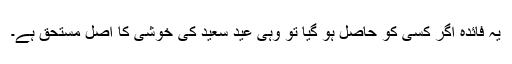
یہ فائدہ اگر کسی کو حاصل ہو گیا تو وہی عید سعید کی خوشی کا اصل مستحق ہے۔